Harku_vallakohus, lk 5
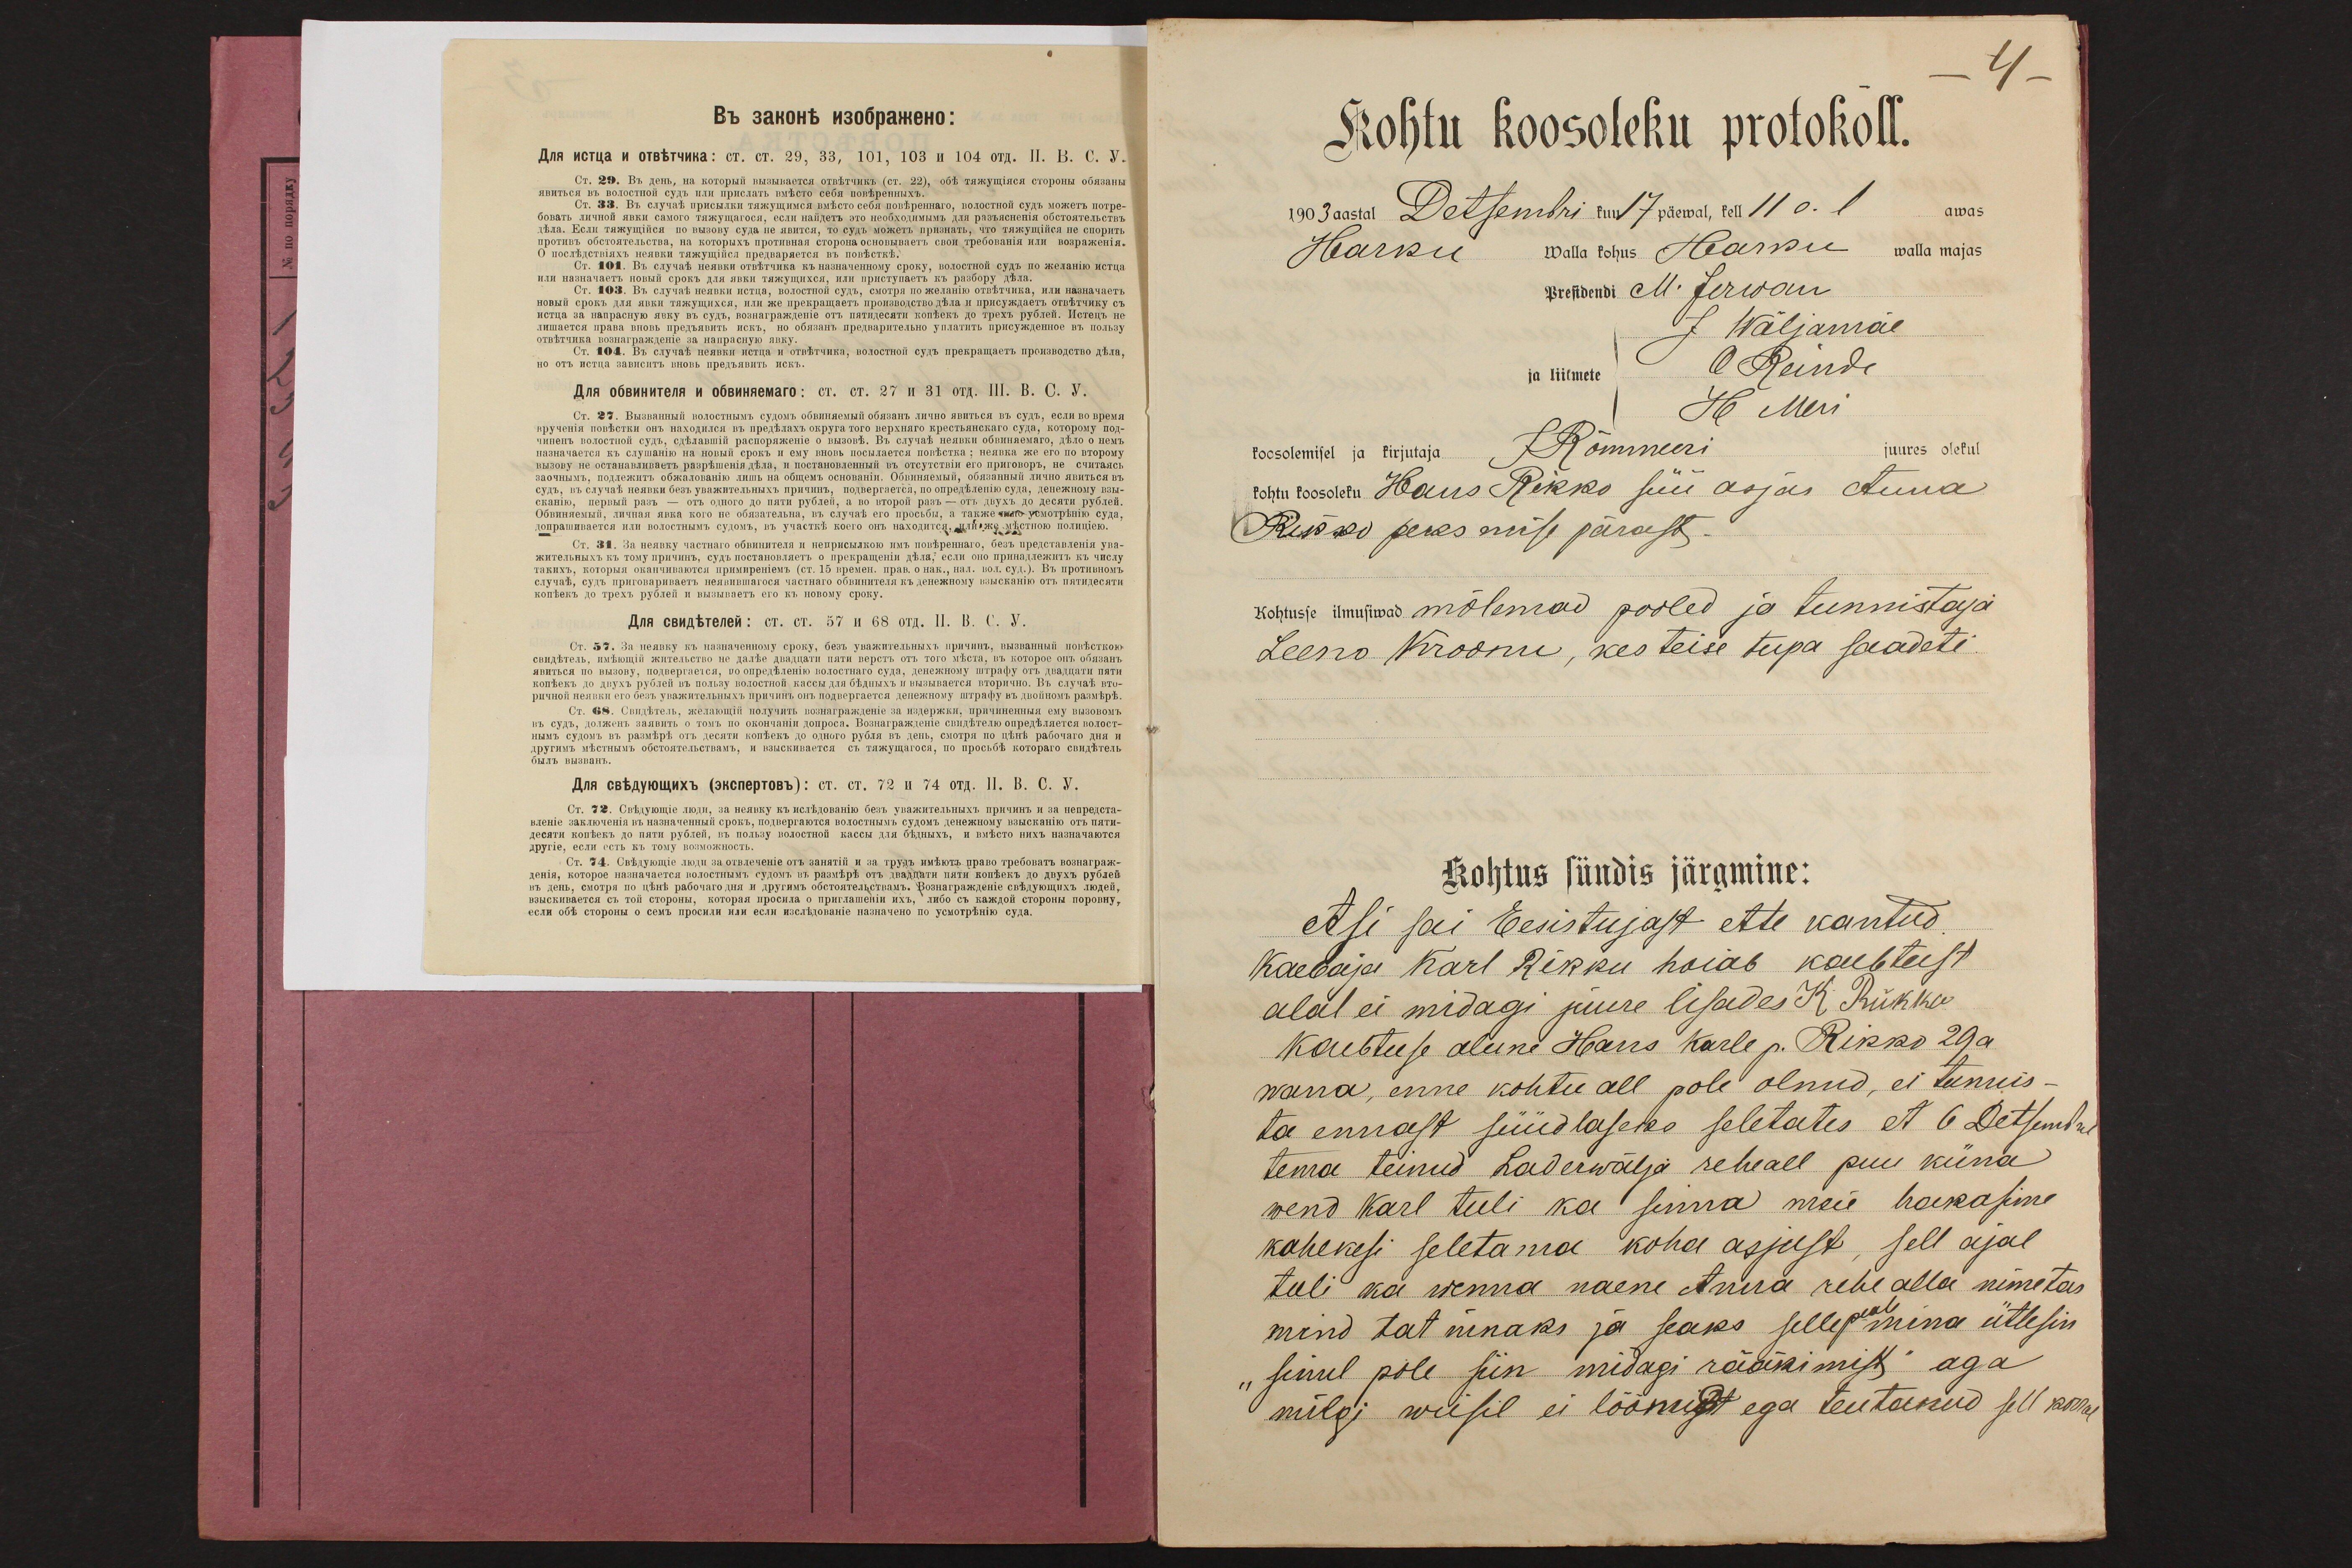
4
Kohtu koosoleku protokoll.
1903 aastal Detsembri kuu 17 päewal, kell 11 o. l
awas
Hearku Walla kohus Hearku walla majas
Presidendi M. Jerwan
J Wäljamäe
ja liikmete
O Reinde
H Meri
koosolemisel ja kirjutaja
J Rõmmeeri
juures olekul
kohtu koosoleku Hans Rikko süü asjas Anna
Rikko peksmise pärast.
Kohtusse ilmusiwad mõlemad pooled ja tunnistaja
Leeno Kroonu, kes teise tupa saadeti.
Kohtus sündis järgmine:
Asi sai Eesistujast ette kantud
Kaebaja Karl Rikku hoiab kaebtust
alal ei midagi juure lisades K Rükko
Kaebtuse alune Hans Karle p. Rikko 29 a
wana, enne kohtu all pole olnud, ei tunnis-
ta ennast süüdlaseks seletates et 6 Detsembril
tema teinud Laderwälja reheall puu küna
wend Karl tuli ka sinna meie hakasime
kahekesi seletama koha asjust, sell ajal
tuli ka wenna naene Anna rehe alla nimetas
mind tat ninaks ja seaks selle peale mina ütlesin
"sinul pole siin midagi rääkimist" aga
milgi wiisil ei löönud ega teutanud sell korral